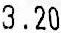
3.20